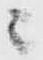
ニ